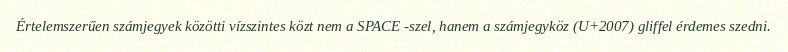
Értelemszerűen számjegyek közötti vízszintes közt nem a SPACE -szel, hanem a számjegyköz (U+2007) gliffel érdemes szedni.